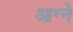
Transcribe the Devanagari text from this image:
आग्ने